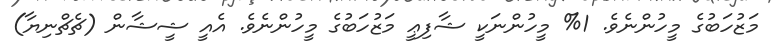
މަޒުހަބުގެ މީހުންނެވެ. 1% މީހުންނަކީ ޝާފިޢީ މަޒުހަބުގެ މީހުންނެވެ. އެއީ ޝީޝާން (ޗެޗްނިޔާ)